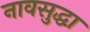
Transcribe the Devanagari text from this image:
नावसुद्धा